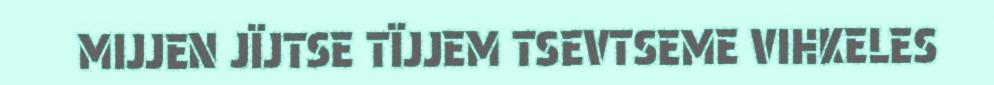
MIJJEN JÏJTSE TÏJJEM TSEVTSEME VIHKELES